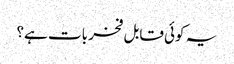
یہ کوئی قابل فخر بات ہے؟